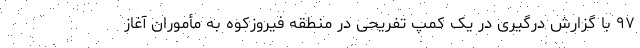
۹۷ با گزارش درگیری در یک کمپ تفریحی در منطقه فیروزکوه به مأموران آغاز